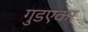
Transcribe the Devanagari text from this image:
गुडएकर